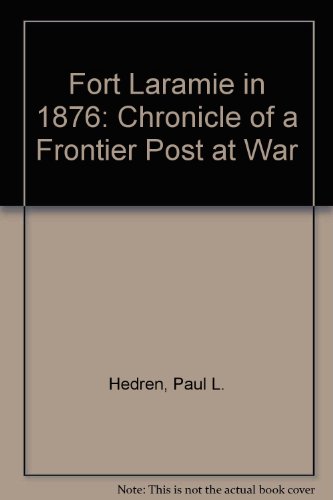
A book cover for Fort Laramie in 1876: Chronicle of a Frontier Post at War; Paul L. Hedren; Travel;